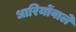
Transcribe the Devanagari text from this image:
धारियोंवाले